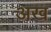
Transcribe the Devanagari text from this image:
अख